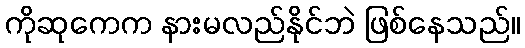
ကိုဆုကေက နားမလည်နိုင်ဘဲ ဖြစ်နေသည်။